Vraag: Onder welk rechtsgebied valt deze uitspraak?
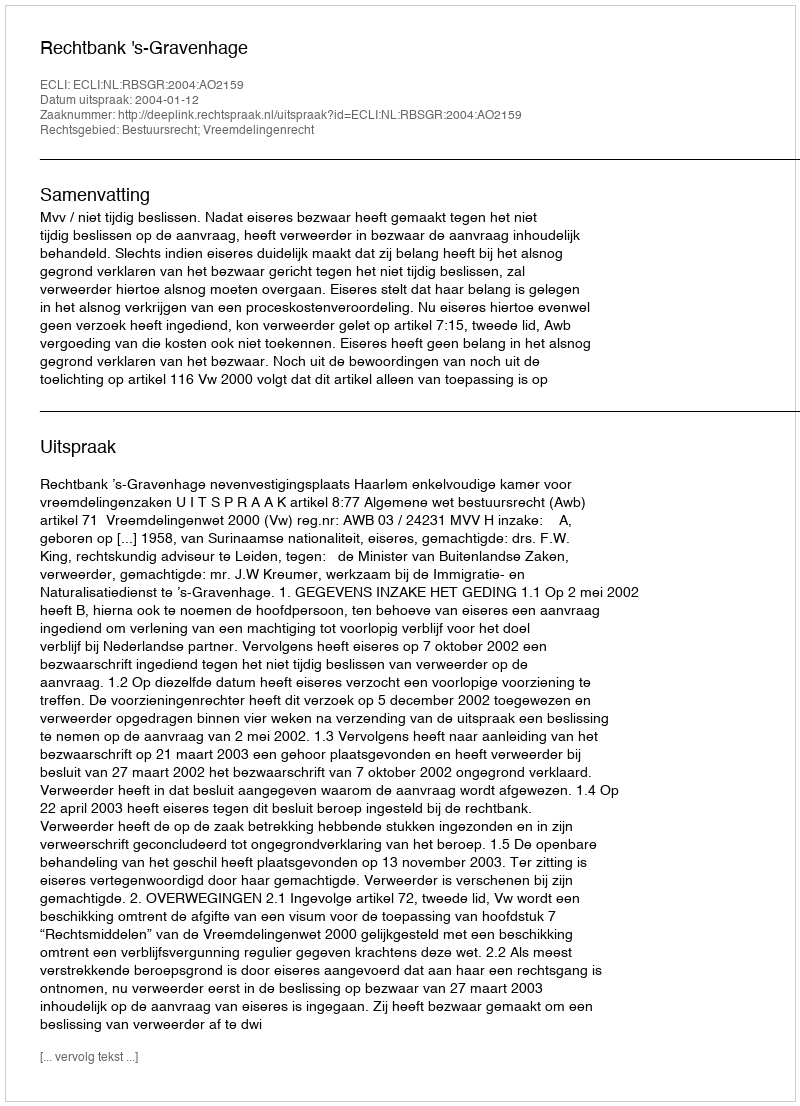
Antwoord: Bestuursrecht; Vreemdelingenrecht